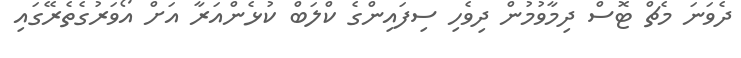
ދެވަނަ މެޗް ޓޮސް ދިމާވުމުން ދިވެހި ސިފައިންގެ ކްލަބް ކުޅެންއަރާ އަށް އޯވަރުގެތެރޭގައި